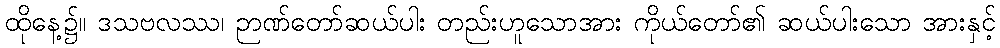
ထိုနေ့၌။ ဒသဗလဿ၊ ဉာဏ်တော်ဆယ်ပါး တည်းဟူသောအား ကိုယ်တော်၏ ဆယ်ပါးသော အားနှင့်